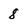
Character: 8